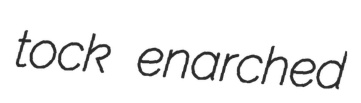
tock enarched